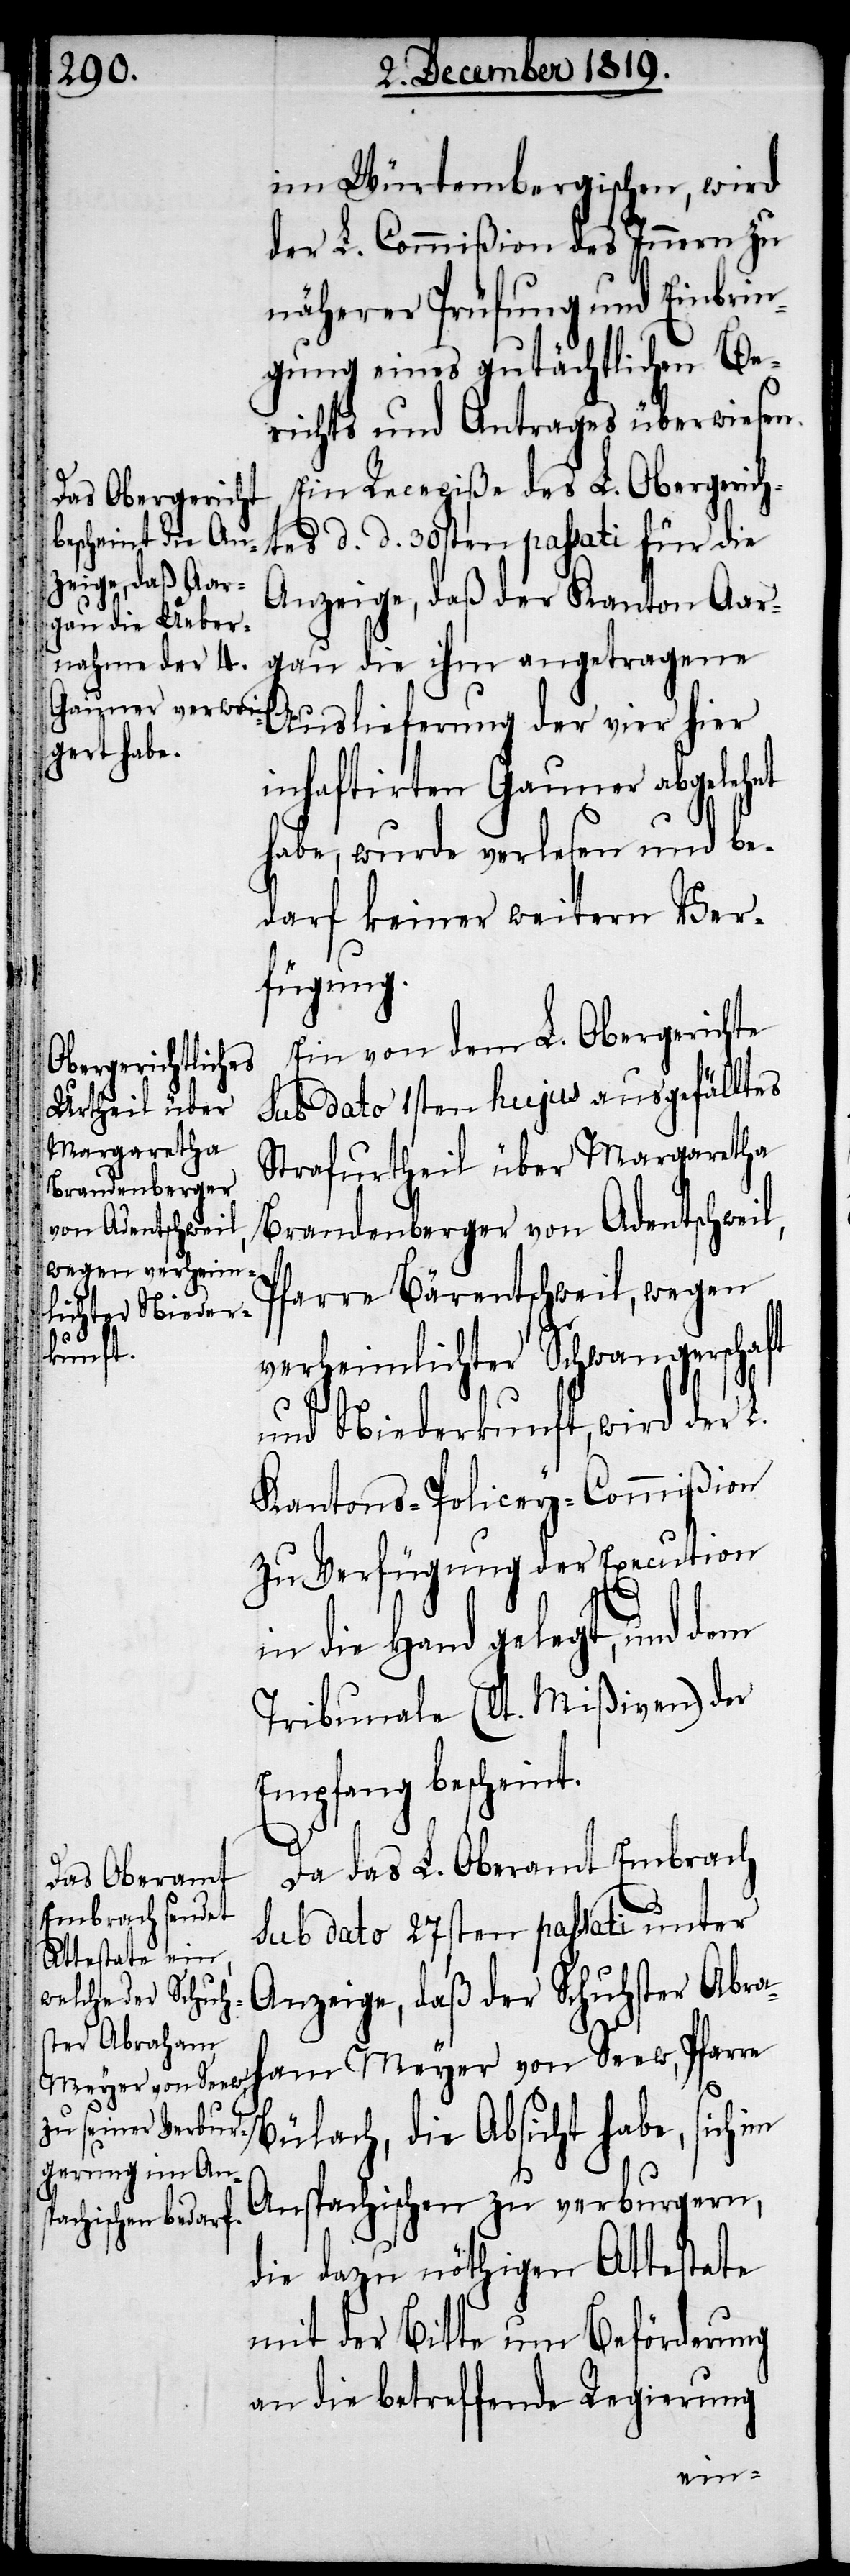
im Würtembergischen, wird
der L. Commißion des Innern zu
näherer Prüfung und Einbrin¬
gung eines gutächtlichen Be¬
richts und Antrages überwiesen.
Ein Recepiße des L. Obergerich¬
tes d. d. 30sten passati für die
Anzeige, daß der Kanton Aar¬
gau die ihm angetragene
Auslieferung der vier hier
inhaftirten Gauner abgelehnt
habe, wurde verlesen und be¬
darf keiner weitern Ver¬
fügung.
Ein von dem L. Obergerichte
sub dato 1sten hujus ausgefälltes
Strafurtheil über Margaretha
Brandenberger von Adentschweil,
Pfarre Bärentschweil, wegen
verheimlichter Schwangerschaft
und Niederkunft, wird der L.
Kantons-Policey-Commißion
zu Verfügung der Execution
in die Hand gelegt, und dem
Tribunale (lt. Mißiven) der
Empfang bescheint.
Da das L. Oberamt Embrach
sub dato 27sten passati unter
Anzeige, daß der Schuhster Abra¬
ham Meyer von Seew, Pfarre
Bülach, die Absicht habe, sich
Anspachischen zu verburgern,
die dazu nöthigen Attestate
mit der Bitte um Beförderung
an die betreffende Regierung